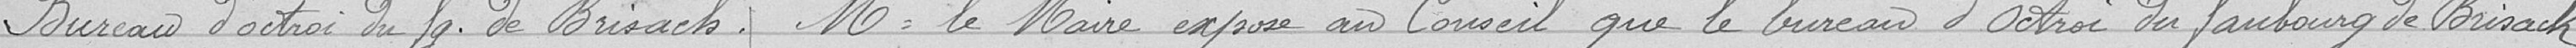
Bureau d'octroi du faubourg de Brisach. Monsieur le maire expose au Conseil que le bureau d'Octroi du faubourg de Brisach